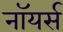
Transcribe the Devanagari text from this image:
नॉयर्स